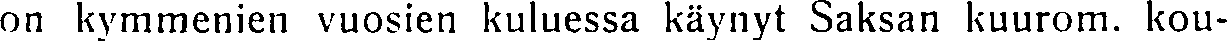
on kymmenien vuosien kuluessa käynyt Saksan kuurom. kou-